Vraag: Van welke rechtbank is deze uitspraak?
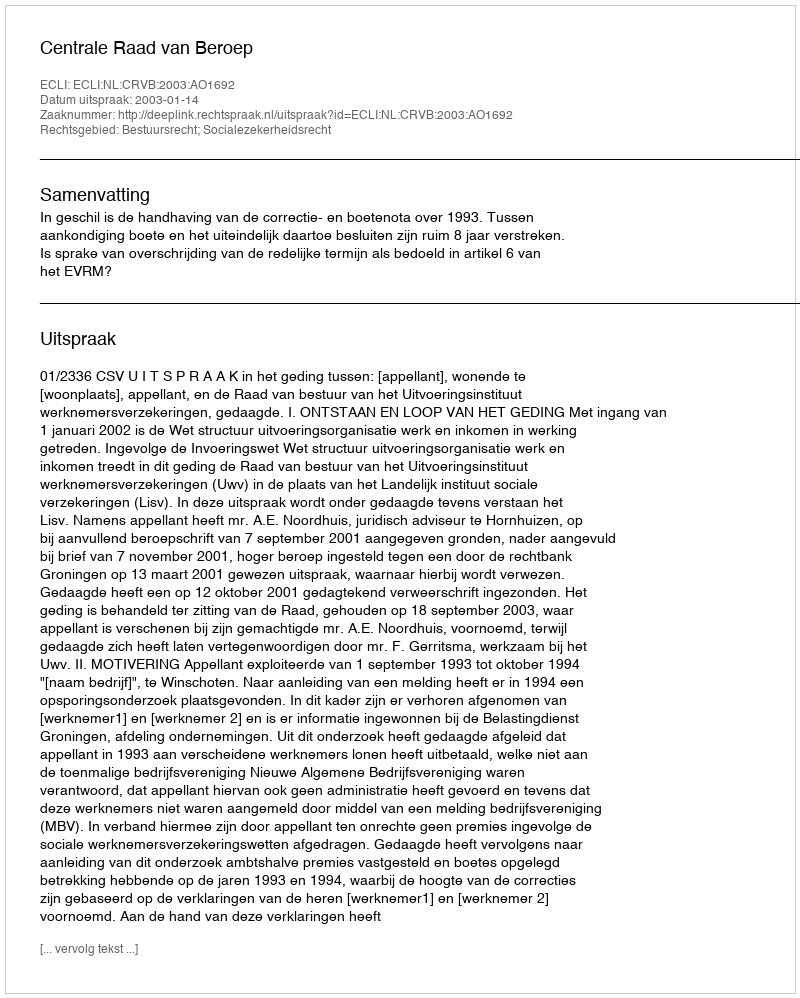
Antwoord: Centrale Raad van Beroep